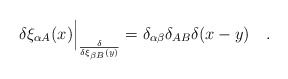
\begin{align*}\delta\xi_{\alpha A}(x)\Big|_ {\delta\over \delta\xi_{\beta B}(y)}=\delta_{\alpha\beta}\delta_{AB}\delta(x-y)\quad.\end{align*}